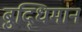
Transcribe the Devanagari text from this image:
बुद्‍धिमान